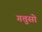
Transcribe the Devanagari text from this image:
गत्तुसो